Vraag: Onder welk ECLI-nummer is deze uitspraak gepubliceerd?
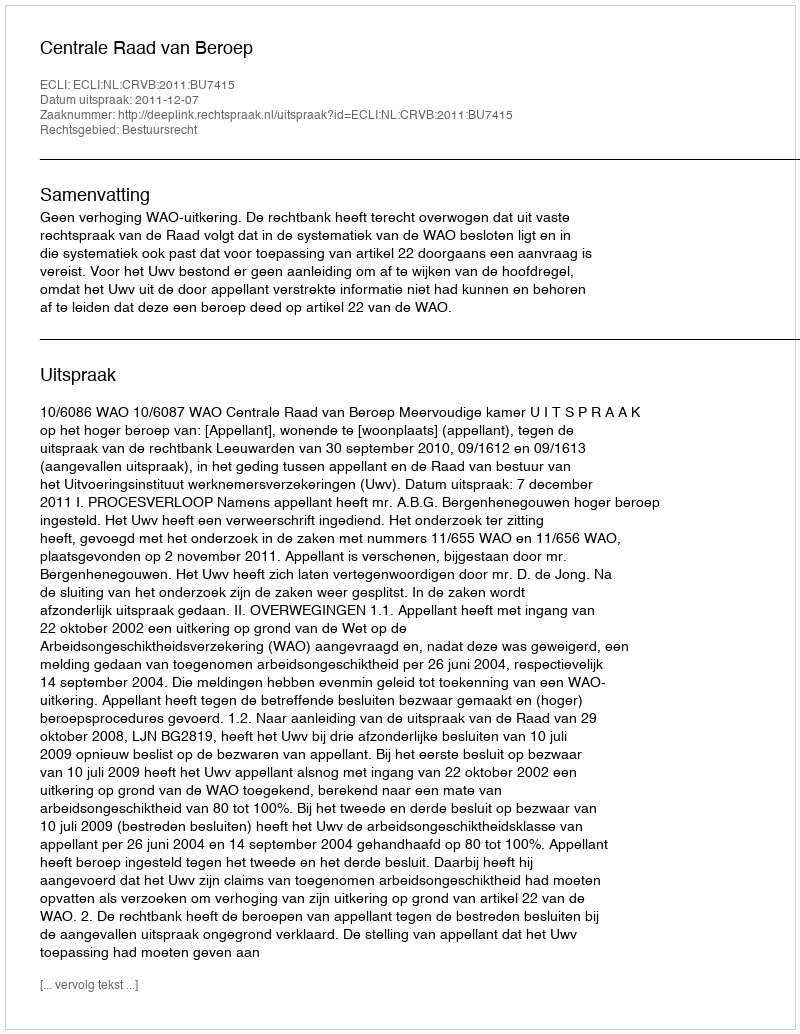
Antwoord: ECLI:NL:CRVB:2011:BU7415